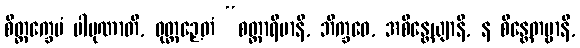
စိတ္တက္ခေပံ ပါပုဏာတိ, ဝုတ္တဉှေတံ “စတ္တာရိမာနိ, ဘိက္ခဝေ, အစိန္တေယျာနိ, န စိန္တေတဗ္ဗာနိ,